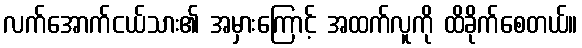
လက်အောက်ငယ်သား၏ အမှားကြောင့် အထက်လူကို ထိခိုက်စေတယ်။